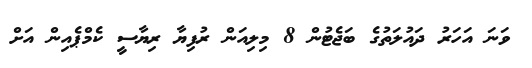
ވަނަ އަހަރު ދައުލަތުގެ ބަޖެޓުން 8 މިލިއަން ރުފިޔާ ރިޔާސީ ކެމްޕެއިން އަށް